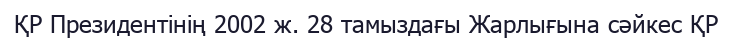
ҚР Президентінің 2002 ж. 28 тамыздағы Жарлығына сәйкес ҚР